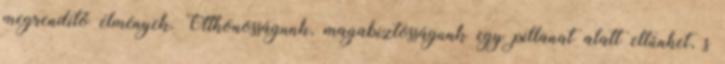
megrendítő élmények. Otthonosságunk, magabiztosságunk egy pillanat alatt eltűnhet, s